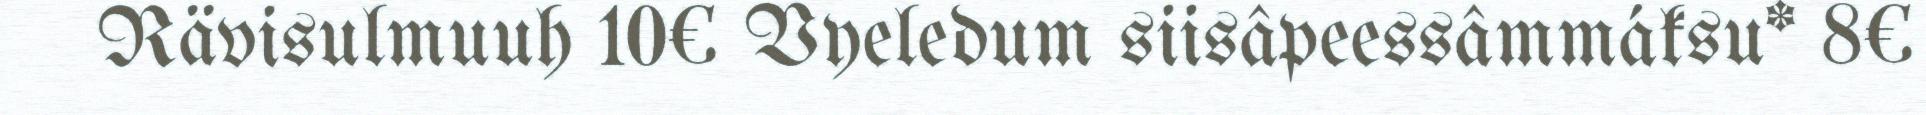
Rävisulmuuh 10€ Vyeledum siisâpeessâmmáksu* 8€